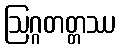
ဩဂ္ဂတတ္တဿ